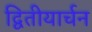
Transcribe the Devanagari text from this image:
द्वितीयार्चन